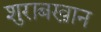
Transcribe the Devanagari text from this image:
शुराबखान